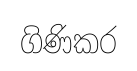
ගිණිකර